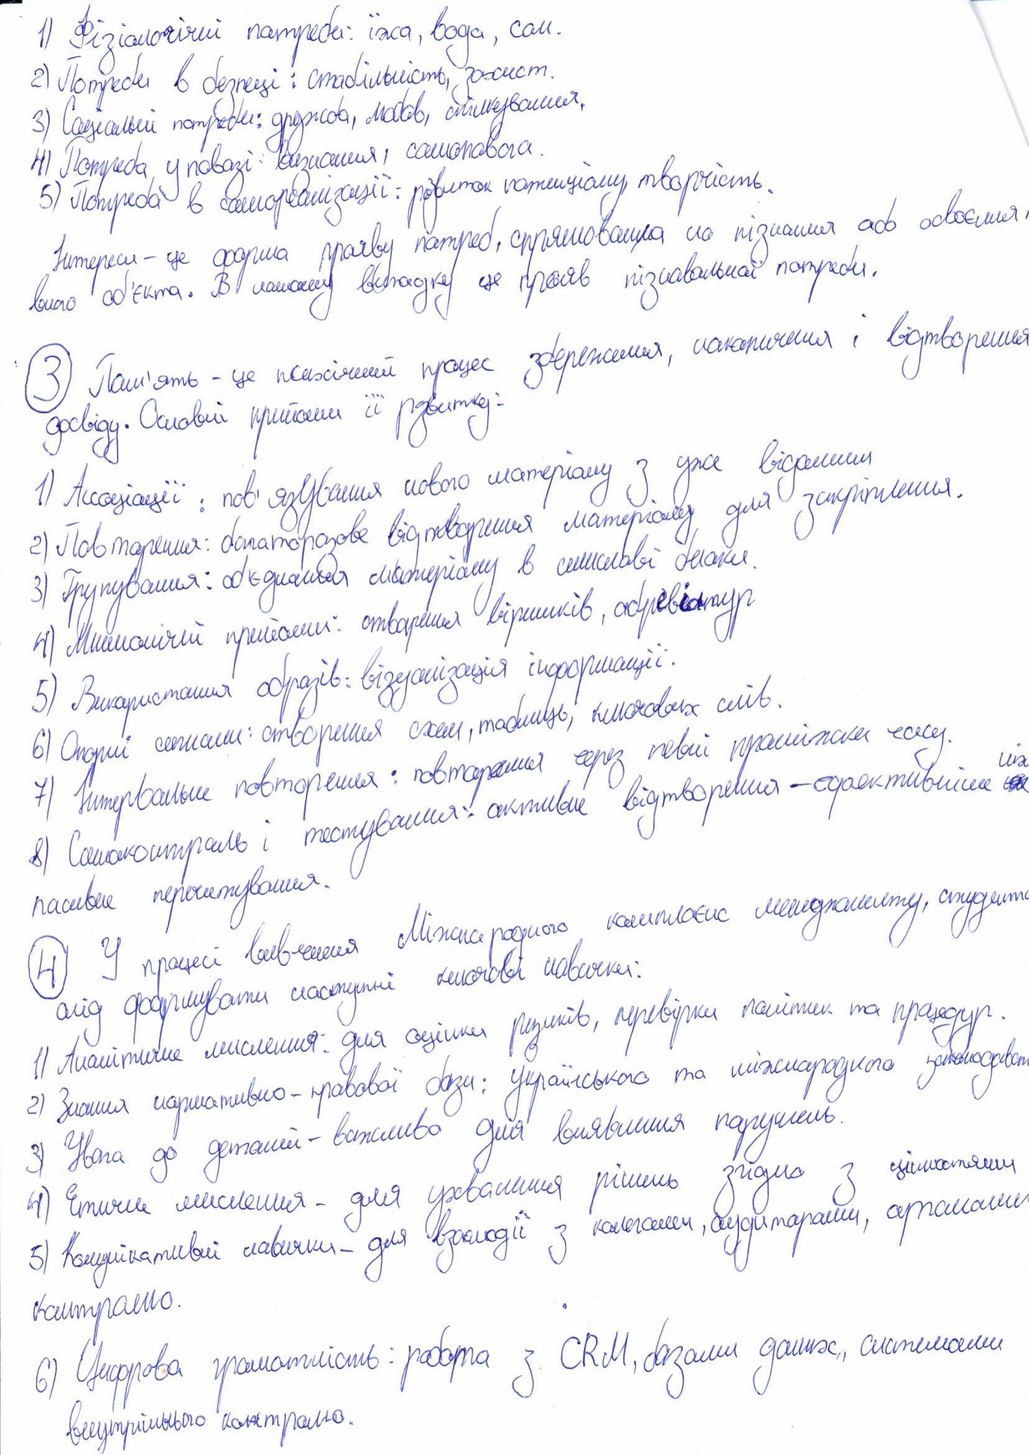
1) Фізіологічні потреби: їжа, вода, сон.
2) Потреби в безпеці: стабільність, захист.
3) Соціальні потреби: дружба, любовь, спілкування.
4) Потреба у повазі: визнання, самоповага.
5) Потреба в самореалізації: розвиток потенціалу, творчість.
Інтереси - це форма прояву потреб, спрямована на пізнання або освоєння,
всього об'єкта. В нашому випадку це прояв пізнавальної потреби.
3) Пам'ять - це психічний процес збереження, накопичення і відтворення
досвіду. Основні прийоми її розвитку:
1) Асоціації: пов'язування нового матеріалу з уже відомим
2) Повторення: багаторазове відтворення матеріалу для закріплення.
3) Групування: об'єднання матеріалу в смислові блоки
4) Мнемонічні прийоми: створення віршиків, абревіатур
5) Використання образів : візуалізація інформації
6) Опорні сигнали: створення схем, таблиць, ключових слів
7) Інтервальні повторення: повторення через певні проміжки часу
8) Самоконтроль і тестування: активне відтворення - ефектившіше ~~на~~ніж
пасивне перечитування.
4) У процессі вивчення Міжнародного комплекса медкомитету, студент
слід формувати наступні ключові навички:
1) Аналітичне мислення: для оцінки ризиків, перевірки клієнтів та процедур.
2) Знання нормативно-правової бази: українського та міжнародного законодавства
3) Увага до деталей - важливо для виявлення порушень
4) Етичне мислення - для ухвалення рішень згідно з цінностями
3) Комунікативні навички - для взаємодії з колегами, аудитарами, формами
контролю
6) Цифрова граматність: робота з CRM, базами даних, системами
внутрішнього вонтролю.